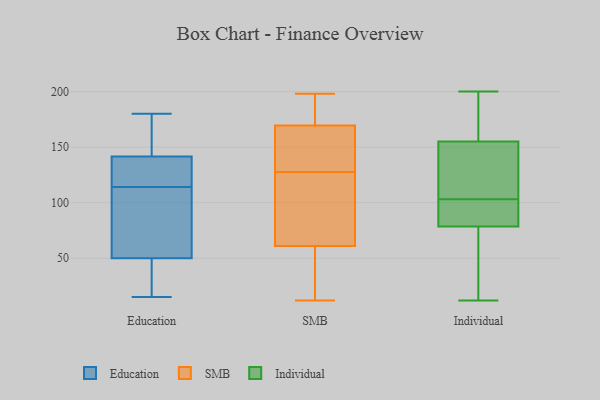
{"axis": {"x": "Customer Acquisition Cost (USD)", "y": "Value"}, "legend": ["Education", "Individual", "SMB"], "data": [{"x": "", "y": 30, "type": "Education"}, {"x": "", "y": 145, "type": "Education"}, {"x": "", "y": 15, "type": "Education"}, {"x": "", "y": 135, "type": "Education"}, {"x": "", "y": 138, "type": "Education"}, {"x": "", "y": 104, "type": "Education"}, {"x": "", "y": 42, "type": "Education"}, {"x": "", "y": 124, "type": "Education"}, {"x": "", "y": 180, "type": "Education"}, {"x": "", "y": 67, "type": "Education"}, {"x": "", "y": 50, "type": "Education"}, {"x": "", "y": 102, "type": "Education"}, {"x": "", "y": 50, "type": "Education"}, {"x": "", "y": 126, "type": "Education"}, {"x": "", "y": 165, "type": "Education"}, {"x": "", "y": 164, "type": "Education"}, {"x": "", "y": 65, "type": "SMB"}, {"x": "", "y": 132, "type": "SMB"}, {"x": "", "y": 168, "type": "SMB"}, {"x": "", "y": 59, "type": "SMB"}, {"x": "", "y": 198, "type": "SMB"}, {"x": "", "y": 63, "type": "SMB"}, {"x": "", "y": 123, "type": "SMB"}, {"x": "", "y": 35, "type": "SMB"}, {"x": "", "y": 12, "type": "SMB"}, {"x": "", "y": 171, "type": "SMB"}, {"x": "", "y": 160, "type": "SMB"}, {"x": "", "y": 27, "type": "SMB"}, {"x": "", "y": 35, "type": "SMB"}, {"x": "", "y": 182, "type": "SMB"}, {"x": "", "y": 172, "type": "SMB"}, {"x": "", "y": 190, "type": "SMB"}, {"x": "", "y": 109, "type": "SMB"}, {"x": "", "y": 140, "type": "SMB"}, {"x": "", "y": 137, "type": "SMB"}, {"x": "", "y": 79, "type": "SMB"}, {"x": "", "y": 100, "type": "Individual"}, {"x": "", "y": 181, "type": "Individual"}, {"x": "", "y": 27, "type": "Individual"}, {"x": "", "y": 65, "type": "Individual"}, {"x": "", "y": 112, "type": "Individual"}, {"x": "", "y": 32, "type": "Individual"}, {"x": "", "y": 200, "type": "Individual"}, {"x": "", "y": 162, "type": "Individual"}, {"x": "", "y": 103, "type": "Individual"}, {"x": "", "y": 134, "type": "Individual"}, {"x": "", "y": 88, "type": "Individual"}, {"x": "", "y": 115, "type": "Individual"}, {"x": "", "y": 140, "type": "Individual"}, {"x": "", "y": 90, "type": "Individual"}, {"x": "", "y": 160, "type": "Individual"}, {"x": "", "y": 194, "type": "Individual"}, {"x": "", "y": 86, "type": "Individual"}, {"x": "", "y": 12, "type": "Individual"}, {"x": "", "y": 76, "type": "Individual"}]}